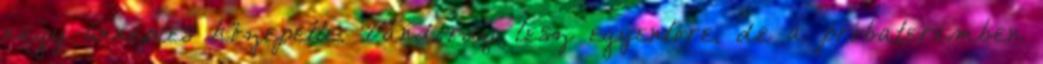
nagy ünneplés közepette. Vándordíj lesz egyenlőre, de a próbateremben